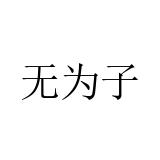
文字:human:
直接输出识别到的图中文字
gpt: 无为子